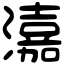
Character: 𤀺